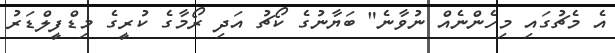
އެ މެޗުގައި މިހެންނެއް ނުވާނެ" ބަޔާނުގެ ކޯޗު އަދި ރޯމާގެ ކުރީގެ މިޑްފީލްޑަރު